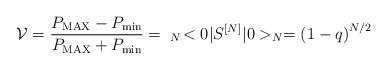
LaTeX: \begin{align*}{\cal V} = \frac{P_{\rm MAX} - P_{\rm min}}{P_{\rm MAX} + P_{\rm min}} = \;_N \! <0\vert S^{[N]} \vert 0>_N = \left(1 - q \right)^{N/2} \end{align*}